Leprosy in India: report of the Leprosy Commission in India, 1890-91
Year: 1890
Disease focus: Leprosy
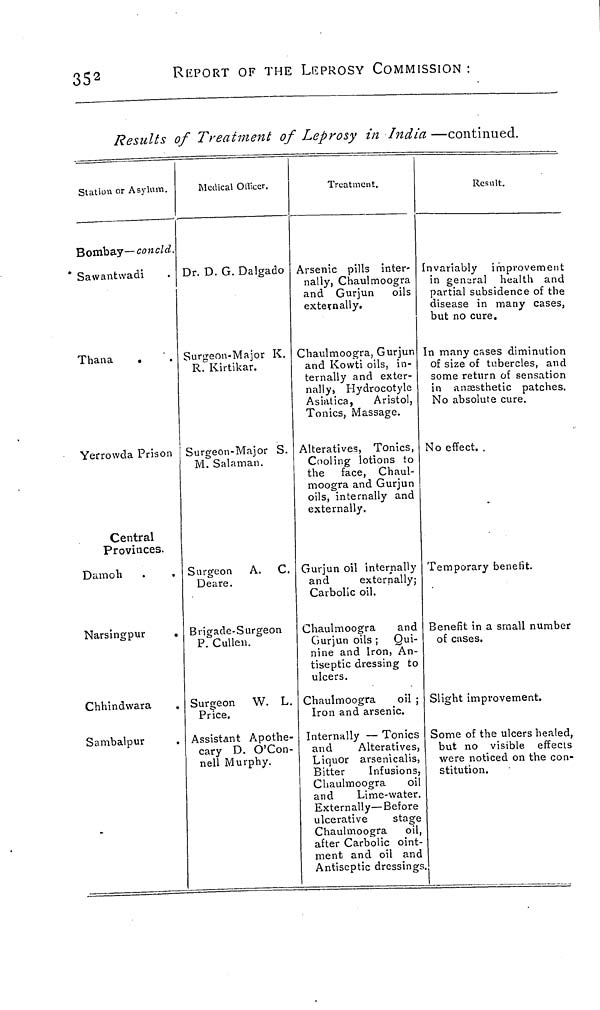
352
REPORT OF THE LEPROSY COMMISSION :
Results of Treatment of Leprosy in India —continued.
Station or Asylum.
Bombay—concld.
Sawantwadi
Thana
Yerrowda Prison
Central
Provinces.
Damoh
Narsingpur
Chhindwara
Sambalpur
Medical Officer.
Dr. D. G. Dalgado
Surgeon-Major K.
R. Kirtikar.
Surgeon-Major S.
M. Salaman.
Surgeon A. C.
Deare.
Brigade-Surgeon
P. Cullen.
Surgeon W. L.
Pnce.
Assistant Apothe-
cary D. O'Con-
nell Murphy.
Treatment.
Arsenic pills inter-
nally, Chaulmoogra
and Gurjun oils
externally.
Chaulmoogra, Gurjun
and Kowti oils, in-
ternally and exter-
nally, Hydrocotyle
Asiatica,
Aristol,
Tonics, Massage.
Alteratives, Tonics,
Cooling lotions to
the face, Chaul-
moogra and Gurjun
oils, internally and
externally.
Gurjun oil internally
and
externally;
Carbolic oil.
Chaulmoogra
and
Gurjun oils ; Qui-
nine and Iron, An-
tiseptic dressing to
ulcers.
Chaulmoogra
oil ;
Iron and arsenic.
Internally — Tonics
and
Alteratives,
Liquor arsenicalis,
Bitter
Infusions,
Chaulmoogra
oil
and
Lime-water.
Externally—Before
ulcerative
stage
Chaulmoogra oil,
after Carbolic oint-
ment and oil and
Antiseptic dressings
Result.
Invariably improvement
in general health and
partial subsidence of the
disease in many cases,
but no cure.
In many cases diminution
of size of tubercles, and
some return of sensation
in anæsthetic patches.
No absolute cure.
No effect. .
Temporary benefit.
Benefit in a small number
of cases.
Slight improvement.
Some of the ulcers healed,
but no visible effects
were noticed on the con-
stitution.